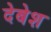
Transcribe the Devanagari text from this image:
देबेश